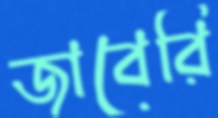
জাবেরি